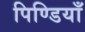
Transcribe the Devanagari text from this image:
पिण्डियाँ